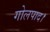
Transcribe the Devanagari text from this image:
गोलपाद।